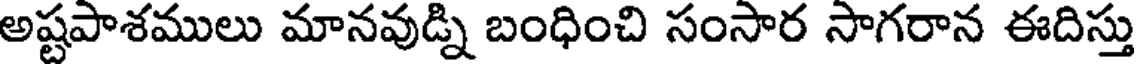
అష్టపాశములు మానవుడ్ని బంధించి సంసార సాగరాన ఈదిస్తు